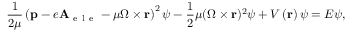
\frac { 1 } { 2 \mu } \left( \mathbf { p } - e \mathbf { A } _ { \mathrm { ~ e ~ l ~ e ~ } } - \mu \boldsymbol { \Omega } \times \mathbf { r } \right) ^ { 2 } \psi - \frac { 1 } { 2 } \mu ( \boldsymbol { \Omega } \times \mathbf { r } ) ^ { 2 } \psi + V \left( \mathbf { r } \right) \psi = E \psi ,